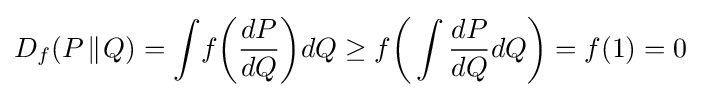
D_{f}(P\!\parallel \!Q)=\int \!f{\bigg (}{\frac {dP}{dQ}}{\bigg )}dQ\geq f{\bigg (}\int {\frac {dP}{dQ}}dQ{\bigg )}=f(1)=0